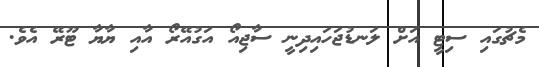
މެޗުގައި ސިޓީ އަށް ލަނޑުޖަހައިދިނީ ސާޖިއޯ އަގުއޭރޯ އާއި ޔާޔާ ޓޫރޭ އެވެ.